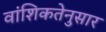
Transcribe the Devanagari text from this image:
वांशिकतेनुसार